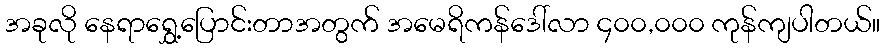
အခုလို နေရာရွှေ့ပြောင်းတာအတွက် အမေရိကန်ဒေါ်လာ ၄၀၀,၀၀၀ ကုန်ကျပါတယ်။